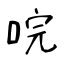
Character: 唍